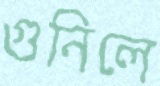
গুনিলে